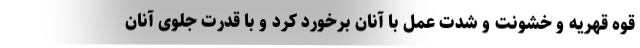
قوه قهريه و خشونت و شدّت عمل با آنان برخورد كرد و با قدرت جلوى آنان